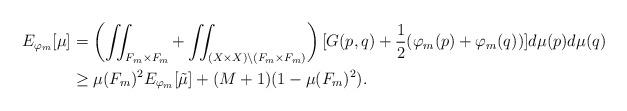
LaTeX: \begin{align*}E_{\varphi_m}[\mu] &= \left(\iint_{F_m \times F_m} + \iint_{(X \times X) \setminus (F_m \times F_m)}\right) [G(p,q) + \frac12 (\varphi_m(p) + \varphi_m(q))] d \mu(p) d \mu(q) \\&\geq \mu(F_m)^2 E_{\varphi_m}[\tilde\mu] + (M+1)(1-\mu(F_m)^2).\end{align*}